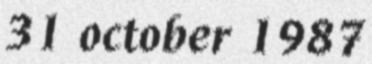
31 october 1987